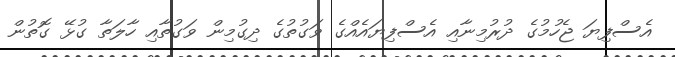
އެސްފިޔަ ޖެހުމުގެ ދުރުމިނާއި އެސްފިޔައެއްގެ ވަގުތުގެ ދިގުމިން ވަގުތާއި ހާލަތާ ގުޅޭ ގޮތުން